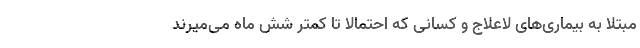
مبتلا به بیماری‌های لاعلاج و کسانی که احتمالاً تا کمتر شش ماه می‌میرند